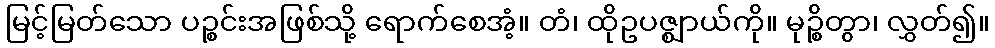
မြင့်မြတ်သော ပဉ္စင်းအဖြစ်သို့ ရောက်စေအံ့။ တံ၊ ထိုဥပဇ္ဈာယ်ကို။ မုဉ္စိတွာ၊ လွှတ်၍။